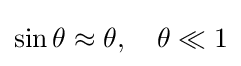
\sin \theta \approx \theta ,\quad \theta \ll 1